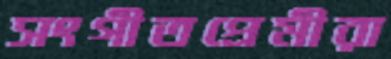
সংগীতপ্রেমীরা